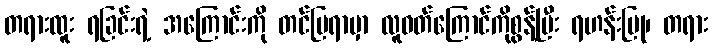
တရားထူး ရခြင်းရဲ့ အကြောင်းကို တင်ပြရာမှာ လူဝတ်ကြောင်ကိုစွန့်ပြီး ရဟန်းပြု၊ တရား